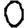
Digit: 0